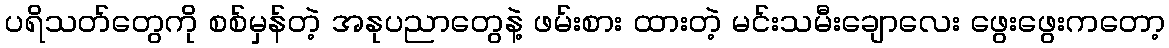
ပရိသတ်တွေကို စစ်မှန်တဲ့ အနုပညာတွေနဲ့ ဖမ်းစား ထားတဲ့ မင်းသမီးချောလေး ဖွေးဖွေးကတော့